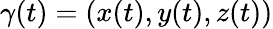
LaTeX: \gamma(t)=(x(t),y(t),z(t))